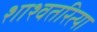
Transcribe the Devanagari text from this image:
शाश्वतरित्या